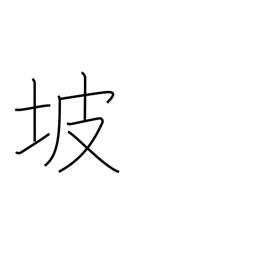
Meaning: dam